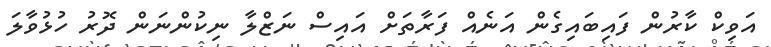
އަވިކް ކާރުން ފައިބައިގެން އަނެއް ފަރާތަށް އައިސް ނަޒްލާ ނިކުންނަން ދޮރު ހުޅުވާލަ